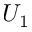
U _ { 1 }